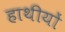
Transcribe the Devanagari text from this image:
हाथीयों